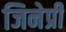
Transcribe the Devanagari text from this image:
जिनेप्री